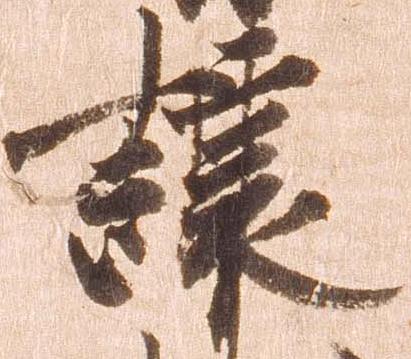
譲